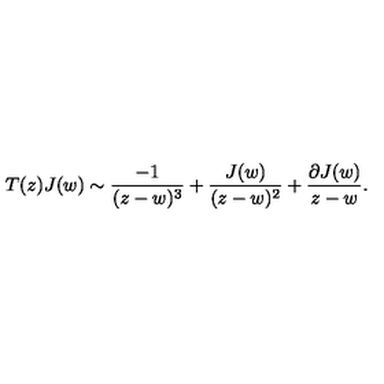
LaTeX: T ( z ) J ( w ) \sim \frac { - 1 } { ( z - w ) ^ { 3 } } + \frac { J ( w ) } { ( z - w ) ^ { 2 } } + \frac { \partial J ( w ) } { z - w } .